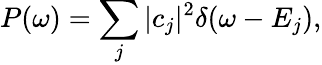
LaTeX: P(\omega)=\sum_{j}|c_{j}|^{2}\delta(\omega-E_{j}),